Annual report on the Civil Veterinary Department, Burma (including the Insein Veterinary School) - 1923-1931
Year: 1923
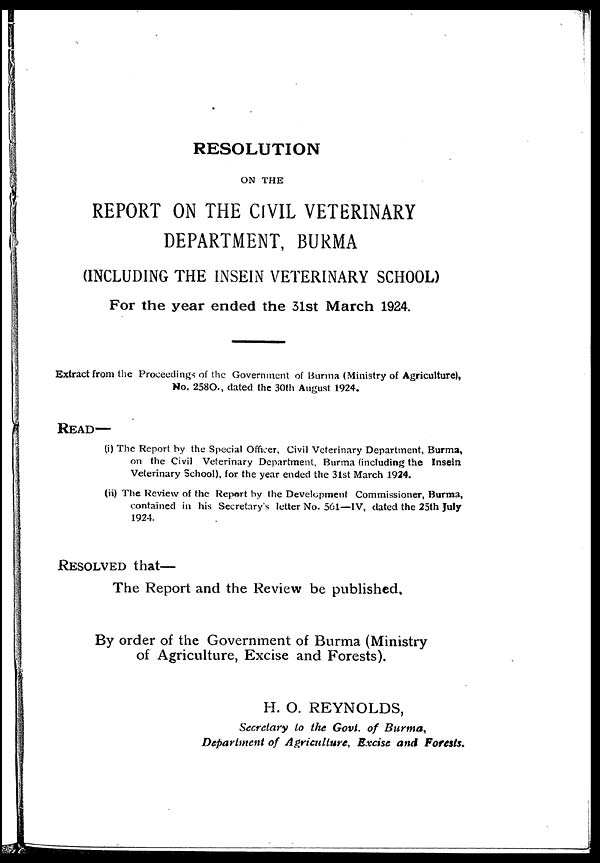
RESOLUTION
ON THE
REPORT ON THE CIVIL VETERINARY
DEPARTMENT, BURMA
(INCLUDING THE INSEIN VETERINARY SCHOOL)
For the year ended the 31st March 1924.
Extract from the Proceedings of the Government of Burma (Ministry of Agriculture),
No. 258O., dated the 30th August 1924.
READ—
(i) The Report by the Special Officer, Civil Veterinary Department, Burma,
on the Civil Veterinary Department, Burma (including the Insein
Veterinary School), for the year ended the 31st March 1924.
(ii) The Review of the Report by the Development Commissioner, Burma,
contained in his Secretary's letter No. 561—IV, dated the 25th July
1924.
RESOLVED that—
The Report and the Review be published.
By order of the Government of Burma (Ministry
of Agriculture, Excise and Forests).
H. O. REYNOLDS,
Secretary to the Govt. of Burma,
Department of Agriculture, Excise and Forests.